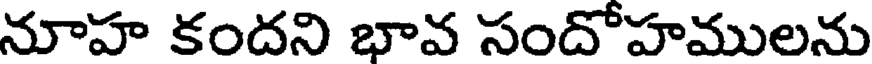
నూహ కందని భావ సందోహములను